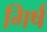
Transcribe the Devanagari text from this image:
गिर्ष